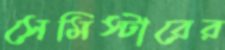
সেমিস্টারের